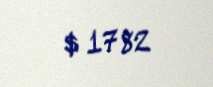
$ 1782